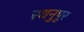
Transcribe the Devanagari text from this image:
रथनुपूर